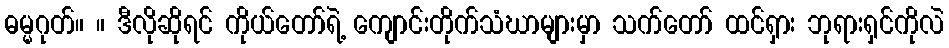
ဓမ္မဂုတ်။ ။ ဒီလိုဆိုရင် ကိုယ်တော်ရဲ့ ကျောင်းတိုက်သံဃာများမှာ သက်တော် ထင်ရှား ဘုရားရှင်ကိုလဲ